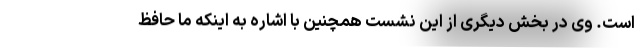
است. وی در بخش دیگری از این نشست همچنین با اشاره به اینکه ما حافظ